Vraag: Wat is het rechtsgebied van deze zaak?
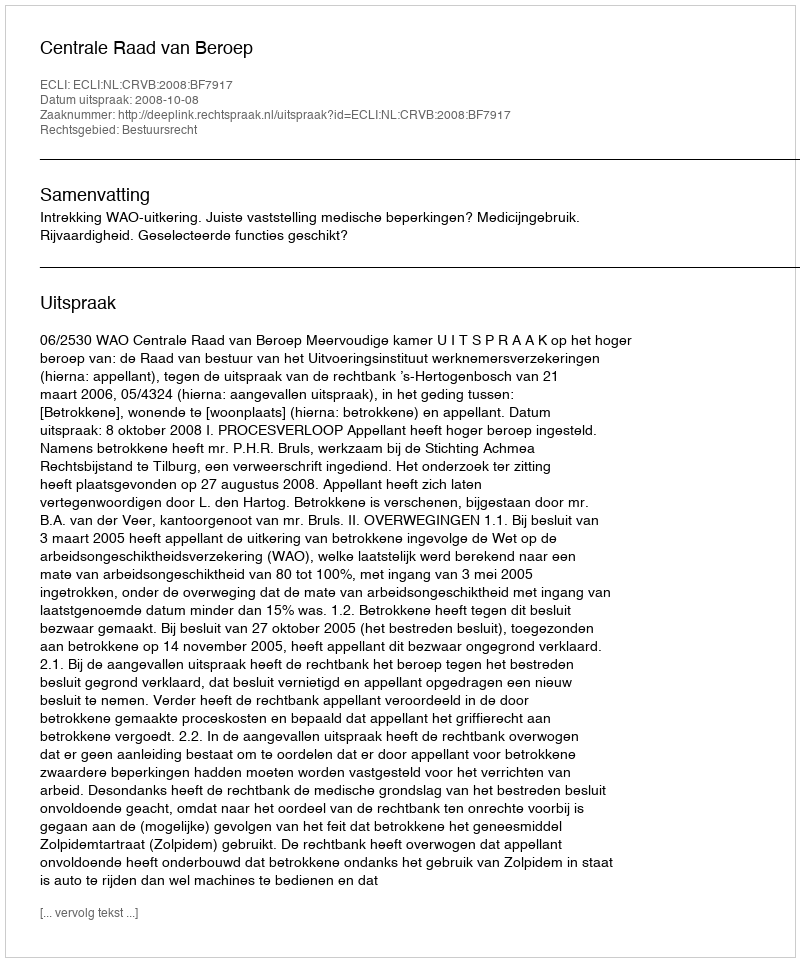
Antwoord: Bestuursrecht